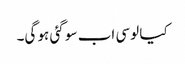
کیا لوسی اب سو گئی ہو گی۔